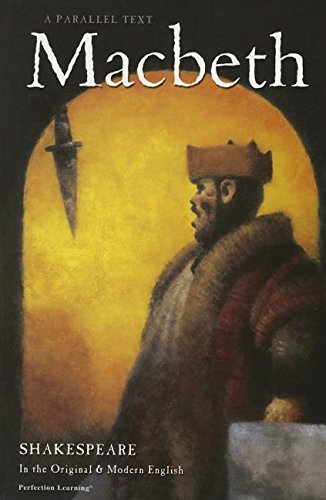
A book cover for Macbeth (Shakespeare Parallel Text Series, Third Edition); William Shakespeare; Teen & Young Adult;